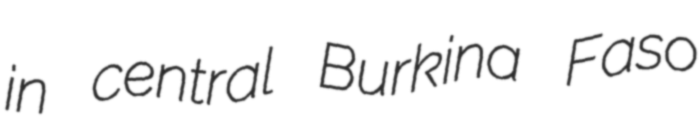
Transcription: in central Burkina Faso